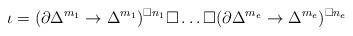
LaTeX: \begin{align*}\iota = (\partial \Delta^{m_1} \to \Delta^{m_1})^{\Box n_1}\Box \dots \Box (\partial \Delta^{m_e} \to \Delta^{m_e})^{\Box n_e}\end{align*}